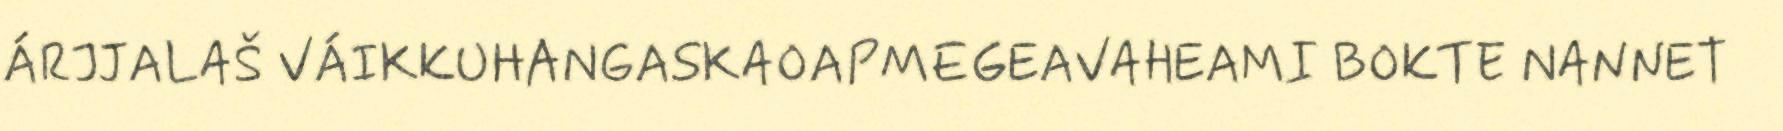
ÁRJJALAŠ VÁIKKUHANGASKAOAPMEGEAVAHEAMI BOKTE NANNET